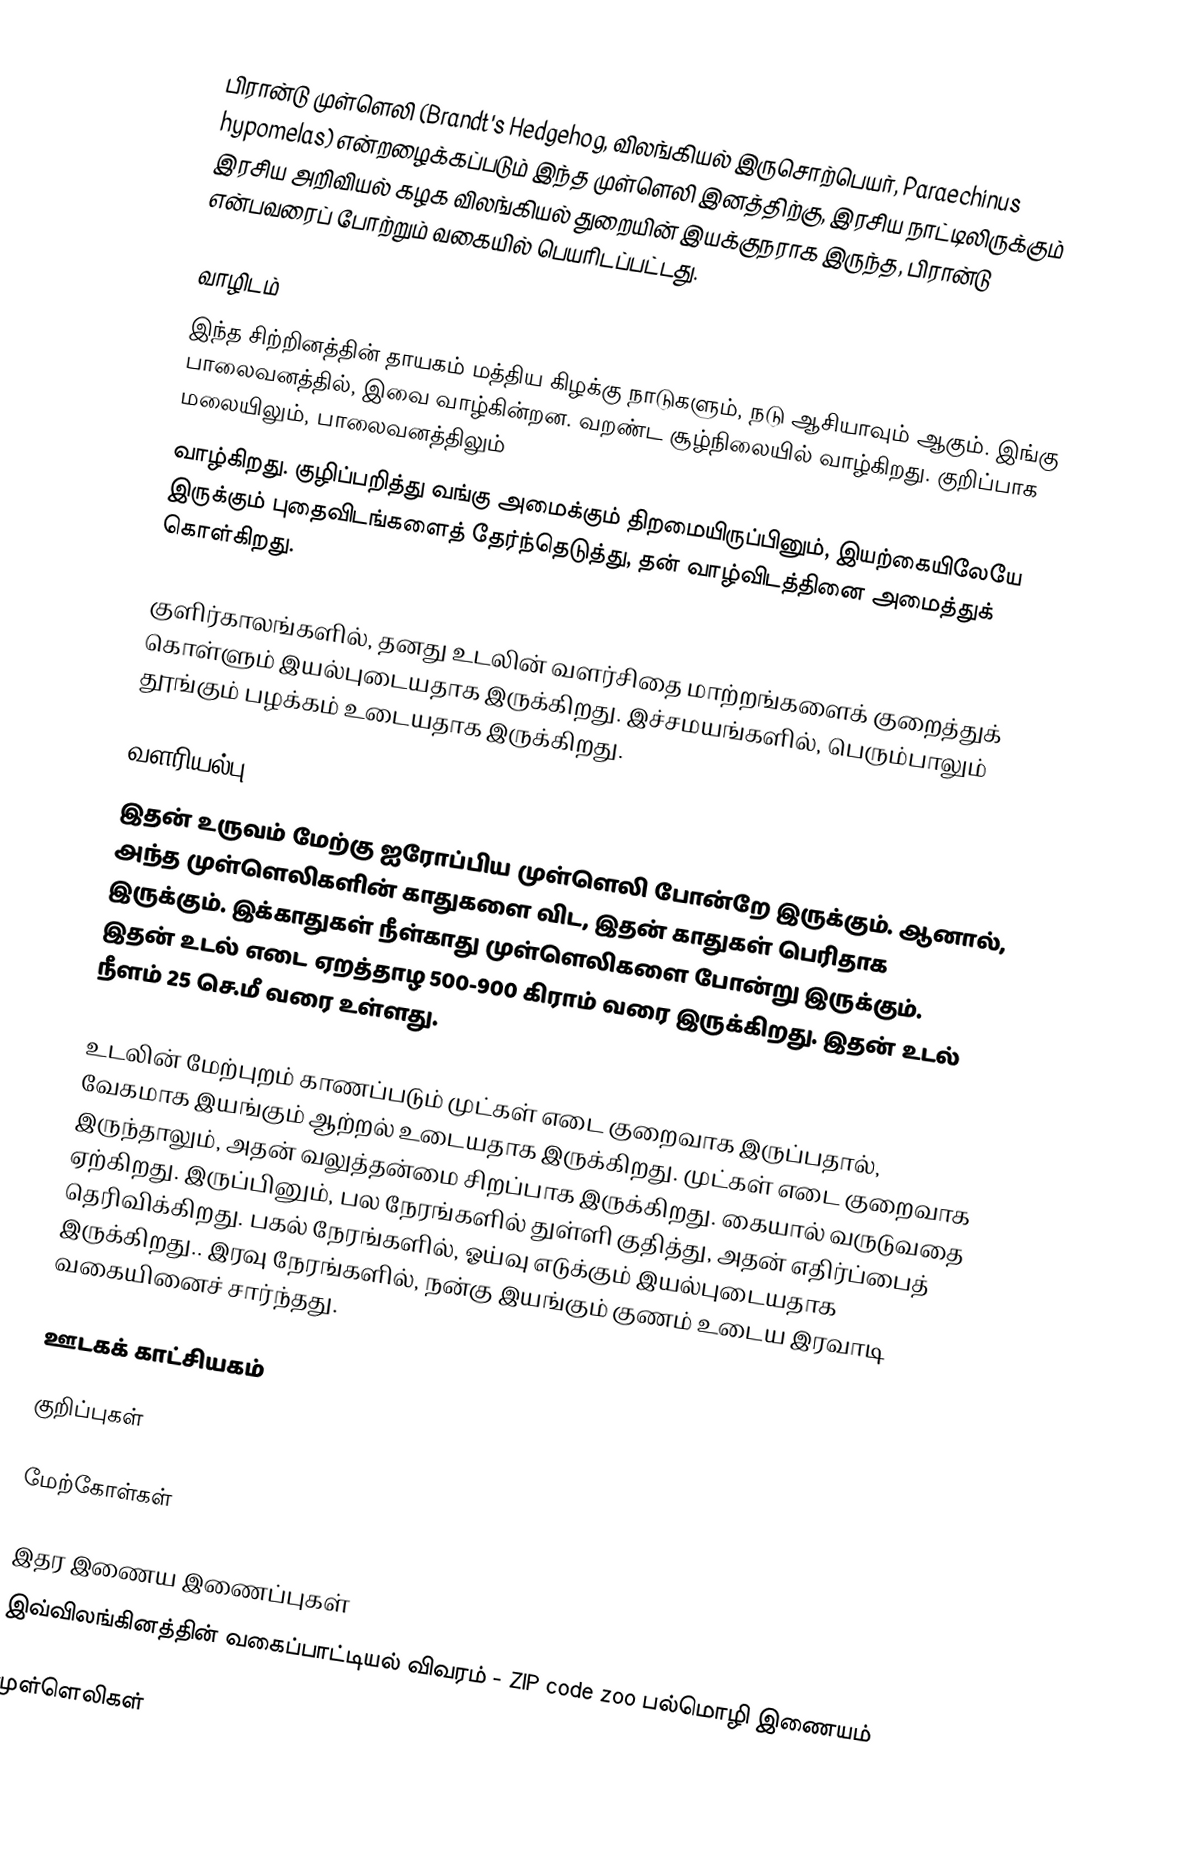
பிரான்டு முள்ளெலி (Brandt's Hedgehog, விலங்கியல் இருசொற்பெயர், Paraechinus hypomelas) என்றழைக்கப்படும் இந்த முள்ளெலி இனத்திற்கு, இரசிய நாட்டிலிருக்கும் இரசிய அறிவியல் கழக விலங்கியல் துறையின் இயக்குநராக இருந்த, பிரான்டு  என்பவரைப் போற்றும் வகையில் பெயரிடப்பட்டது.

வாழிடம்
இந்த சிற்றினத்தின் தாயகம் மத்திய கிழக்கு நாடுகளும், நடு ஆசியாவும் ஆகும். இங்கு பாலைவனத்தில், இவை வாழ்கின்றன. வறண்ட சூழ்நிலையில் வாழ்கிறது. குறிப்பாக மலையிலும், பாலைவனத்திலும்
வாழ்கிறது. குழிப்பறித்து வங்கு அமைக்கும் திறமையிருப்பினும், இயற்கையிலேயே இருக்கும் புதைவிடங்களைத் தேர்ந்தெடுத்து, தன் வாழ்விடத்தினை அமைத்துக் கொள்கிறது.

குளிர்காலங்களில், தனது உடலின் வளர்சிதை மாற்றங்களைக் குறைத்துக் கொள்ளும் இயல்புடையதாக இருக்கிறது. இச்சமயங்களில், பெரும்பாலும் தூங்கும் பழக்கம் உடையதாக இருக்கிறது.

வளரியல்பு
இதன் உருவம் மேற்கு ஐரோப்பிய முள்ளெலி போன்றே இருக்கும். ஆனால், அந்த முள்ளெலிகளின் காதுகளை விட, இதன் காதுகள் பெரிதாக இருக்கும். இக்காதுகள் நீள்காது முள்ளெலிகளை போன்று இருக்கும். இதன் உடல் எடை ஏறத்தாழ 500-900 கிராம் வரை இருக்கிறது. இதன் உடல் நீளம் 25 செ.மீ வரை உள்ளது.

உடலின் மேற்புறம் காணப்படும் முட்கள் எடை குறைவாக இருப்பதால், வேகமாக இயங்கும் ஆற்றல் உடையதாக இருக்கிறது. முட்கள் எடை குறைவாக இருந்தாலும், அதன் வலுத்தன்மை சிறப்பாக இருக்கிறது. கையால் வருடுவதை ஏற்கிறது. இருப்பினும், பல நேரங்களில் துள்ளி குதித்து, அதன் எதிர்ப்பைத் தெரிவிக்கிறது. பகல் நேரங்களில், ஓய்வு எடுக்கும் இயல்புடையதாக இருக்கிறது.. இரவு நேரங்களில், நன்கு இயங்கும் குணம் உடைய இரவாடி வகையினைச் சார்ந்தது.

ஊடகக் காட்சியகம்

குறிப்புகள்

மேற்கோள்கள்

இதர இணைய இணைப்புகள்
இவ்விலங்கினத்தின்  வகைப்பாட்டியல் விவரம் - ZIP code zoo பல்மொழி இணையம்

முள்ளெலிகள்